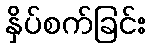
နှိပ်စက်ခြင်း